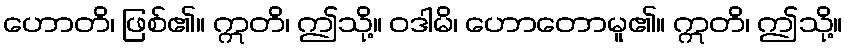
ဟောတိ၊ ဖြစ်၏။ ဣတိ၊ ဤသို့။ ဝဒါမိ၊ ဟောတောမူ၏။ ဣတိ၊ ဤသို့။